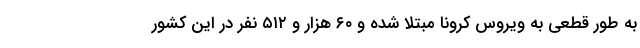
به طور قطعی به ویروس کرونا مبتلا شده و ۶۰ هزار و ۵۱۲ نفر در این کشور